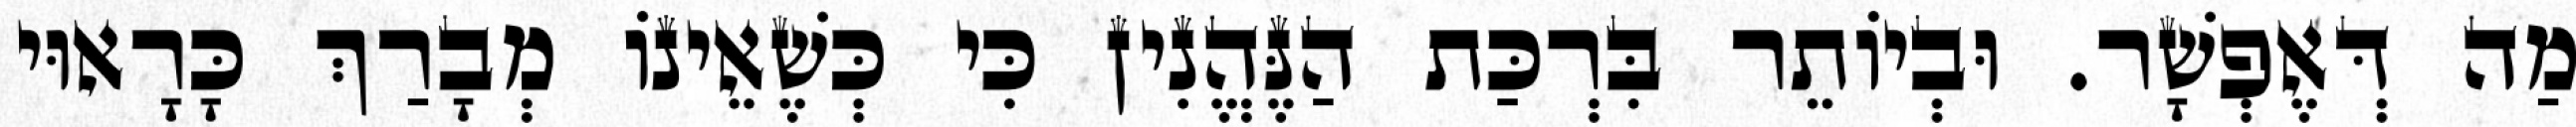
מַה דְּאֶפְשָׁר. וּבְיוֹתֵר בִּרְכַּת הַנֶּהֱנִין כִּי כְּשֶׁאֵינוֹ מְבָרַךְ כָּרָאוּי